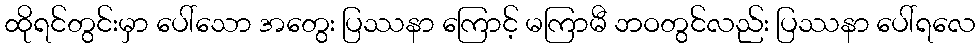
ထိုရင်တွင်းမှာ ပေါ်သော အတွေး ပြဿနာ ကြောင့် မကြာမီ ဘဝတွင်လည်း ပြဿနာ ပေါ်ရလေ